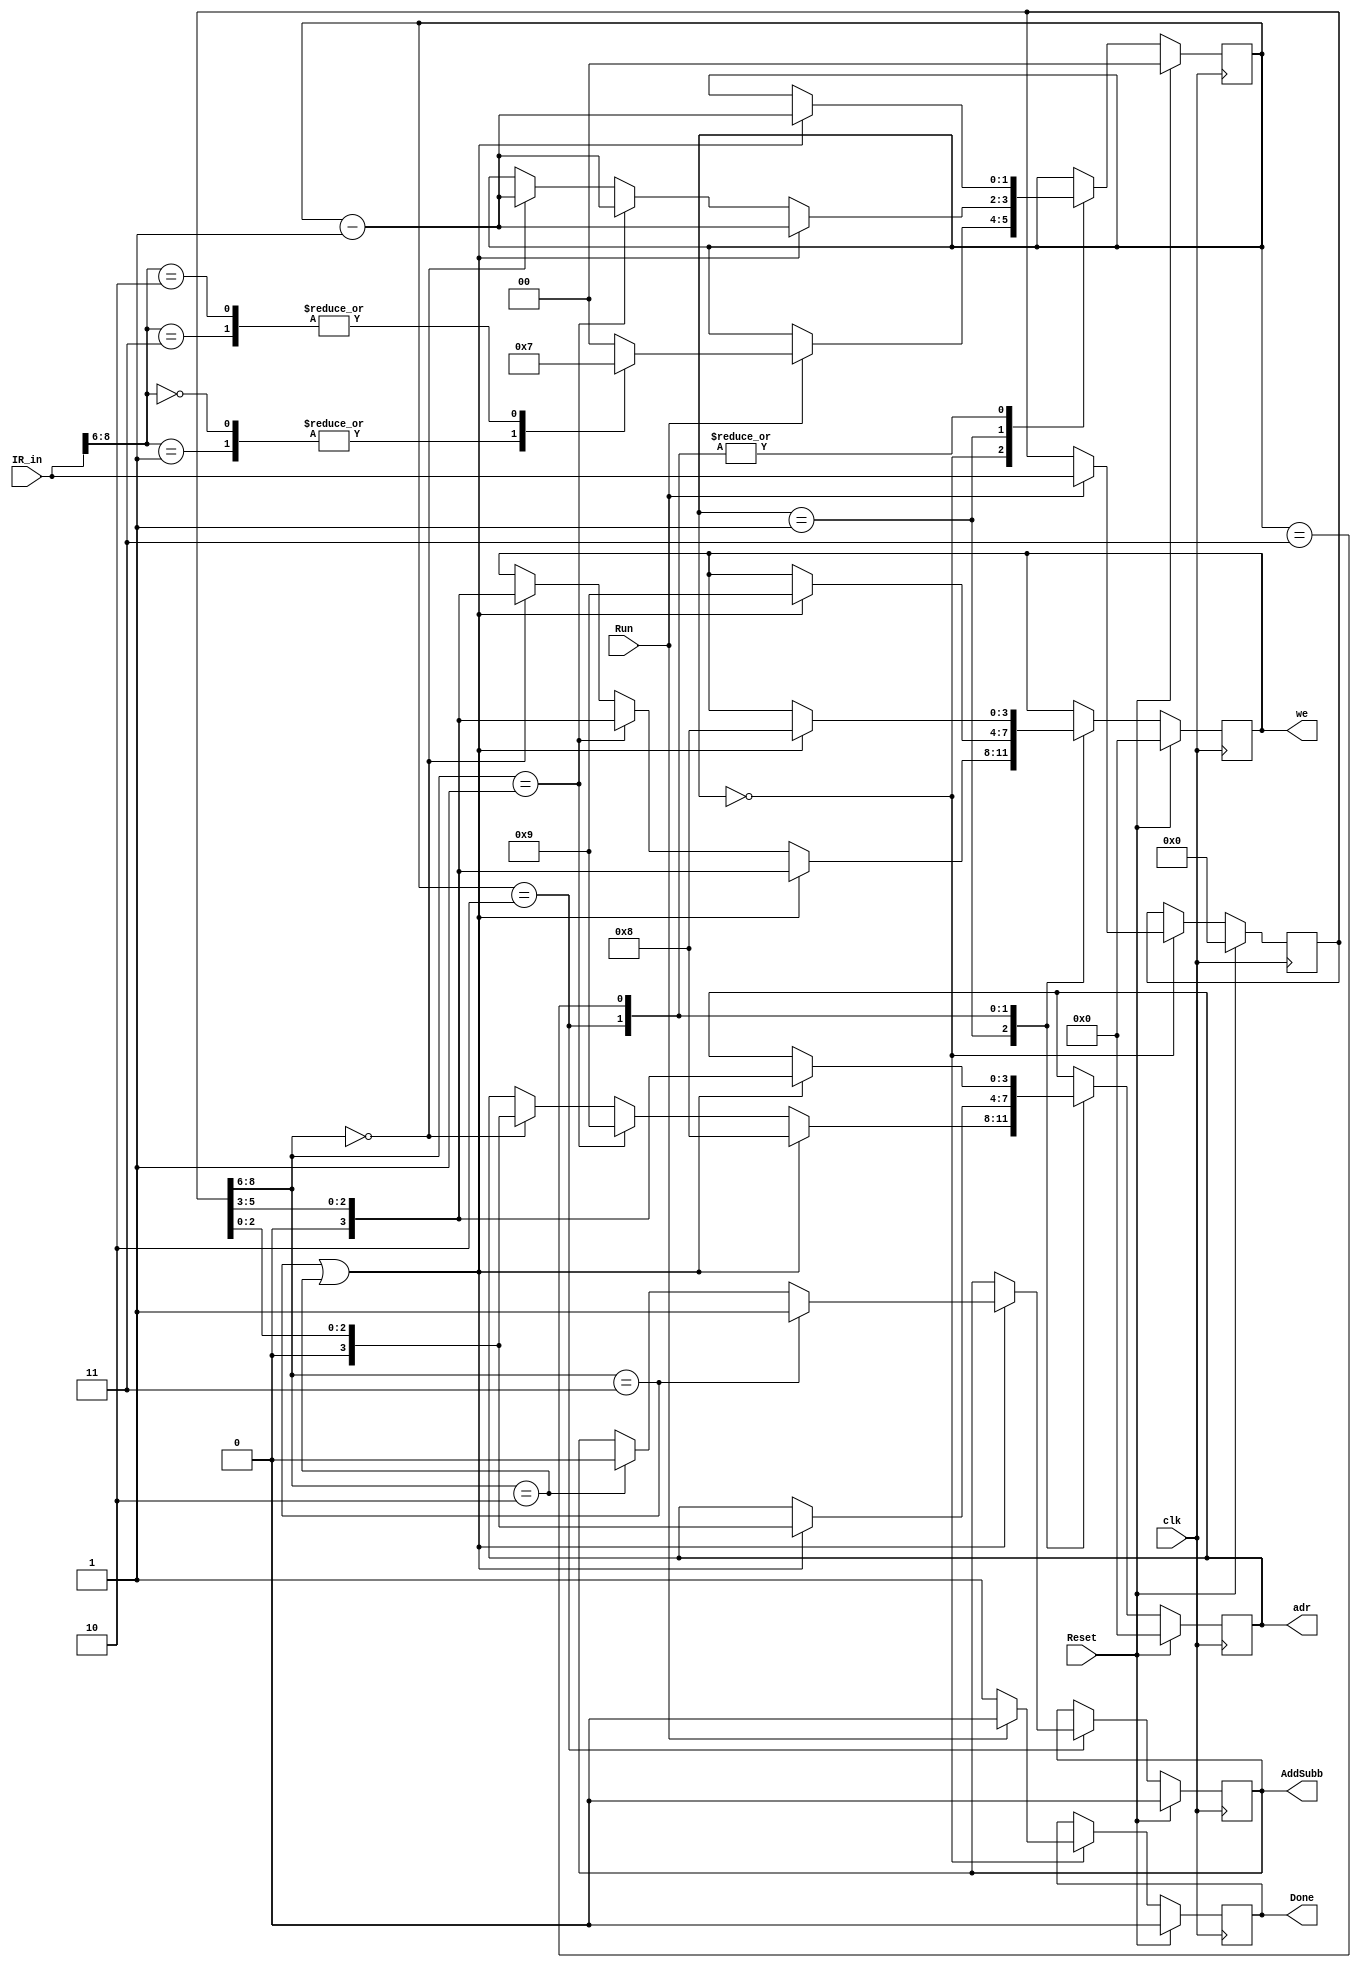
module Control_unit(
  input wire [8:0] IR_in,
  input wire Run, clk, Reset,
  output reg Done,
  output reg [3:0] adr,
  output reg [3:0] we,
  output reg AddSubb);
  
  reg [8:0] IR;
  reg [1:0] Counter;
  
  
  always @(posedge clk)
  begin
  if (Reset) 
  begin
	Done<=0;
      adr<=0;
      we<=0;
      IR<=0;
      Counter<=0;
      AddSubb<=0;
	end
	else 
	begin
    case(Counter)
	  0:begin // 0     
		  if (Run) 
			begin
				IR<=IR_in;
				case(IR_in[8:6])//    ,   
				3'b000,3'b001: Counter<=1; //0 - mv, 1 - mvi
				3'b010,3'b011: Counter<=3;//2 - add, 3 - subb
				default: Counter<=0;
				endcase
				Done<=0;//       Done
			end
		  else Done<=1;//      Done
		end
      1:begin
          if (IR[8:6]==3 || IR[8:6]==2)//  /  Rx  G
            begin
              adr<=8;
              we<=IR[5:3];
              Counter<=Counter-1;
            end
             else if (IR[8:6]==1)//  Rx   DIN;    DIN    
            begin
              adr<=9;
              we<=IR[5:3];
              Counter<=Counter-1;
            end
          else if (IR[8:6]==0)//   Ry  Rx
            begin
              adr<=IR[2:0];
              we<=IR[5:3];
              Counter<=Counter-1;
            end
        end
      2:begin 
          if (IR[8:6]==3 || IR[8:6]==2)// Ry   
            begin
              adr<=IR[2:0];
              if (IR[8:6]==3) AddSubb<=1;
              else if (IR[8:6]==2) AddSubb<=0;
              we<=9;
              Counter<=Counter-1;
            end
        end
      3:begin
          if (IR[8:6]==3 || IR[8:6]==2)// Rx  
            begin
              adr<=IR[5:3];
              we<=8;
              Counter<=Counter-1;
            end
          end
      endcase
	 end
    end
    
endmodule